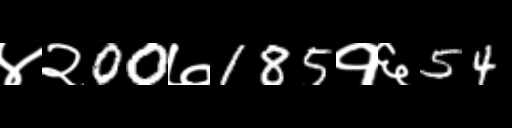
Text: ४२00७185१६54